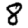
Digit: 8